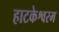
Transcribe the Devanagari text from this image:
हाटकेश्वरम